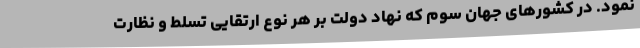
نمود. در کشورهای جهان سوم که نهادِ دولت بر هر نوع ارتقایی تسلط و نظارت